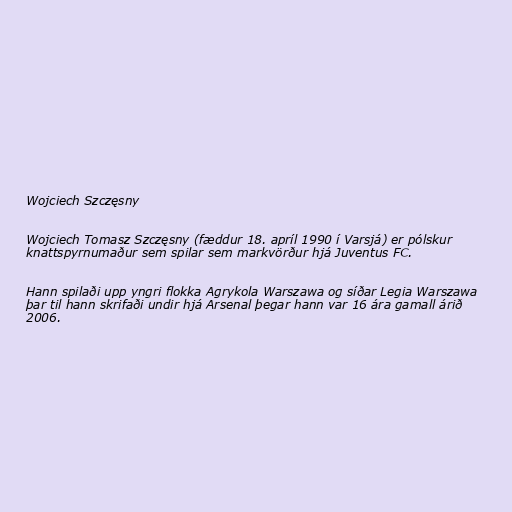
Wojciech Szczęsny

Wojciech Tomasz Szczęsny (fæddur 18. apríl 1990 í Varsjá) er pólskur
knattspyrnumaður sem spilar sem markvörður hjá Juventus FC.

Hann spilaði upp yngri flokka Agrykola Warszawa og síðar Legia Warszawa
þar til hann skrifaði undir hjá Arsenal þegar hann var 16 ára gamall árið
2006.